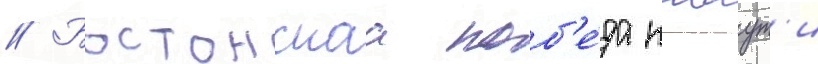
// Бостонскаа поб'е́да каваут'и